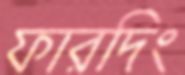
ফারদিং